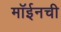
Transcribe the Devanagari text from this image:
मॉईनची